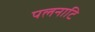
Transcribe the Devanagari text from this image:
पलनाटि